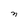
Character: n